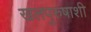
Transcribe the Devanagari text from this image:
खलपुरुषाशी